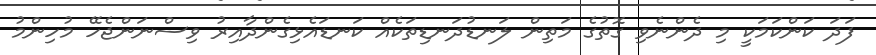
ފަދަ ކަންކަމަކީ މި ދެންނެވި ގޮތުގެ މަތިން ލަނޑުދަނޑިތަކެއް ކަނޑައެޅިގެންދާއިރު ވިސްނަންޖެހޭ މުހިންމު